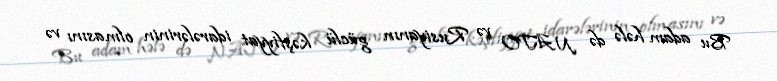
Bu adam hələ də NATO və Rusiyanın güclü kəşfiyyat idarələrinin olmasını və